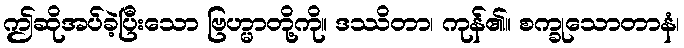
ဤဆိုအပ်ခဲ့ပြီးသော ဗြဟ္မာတို့ကို။ ဒဿိတာ၊ ကုန်၏။ စက္ခုသောတာနံ၊